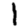
Digit: 1